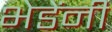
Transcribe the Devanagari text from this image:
भेडेंनी